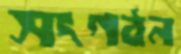
সংগঠন